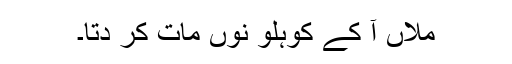
مِلاں آ کے کوہلو نوں مات کر دتا۔